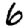
Digit: 6